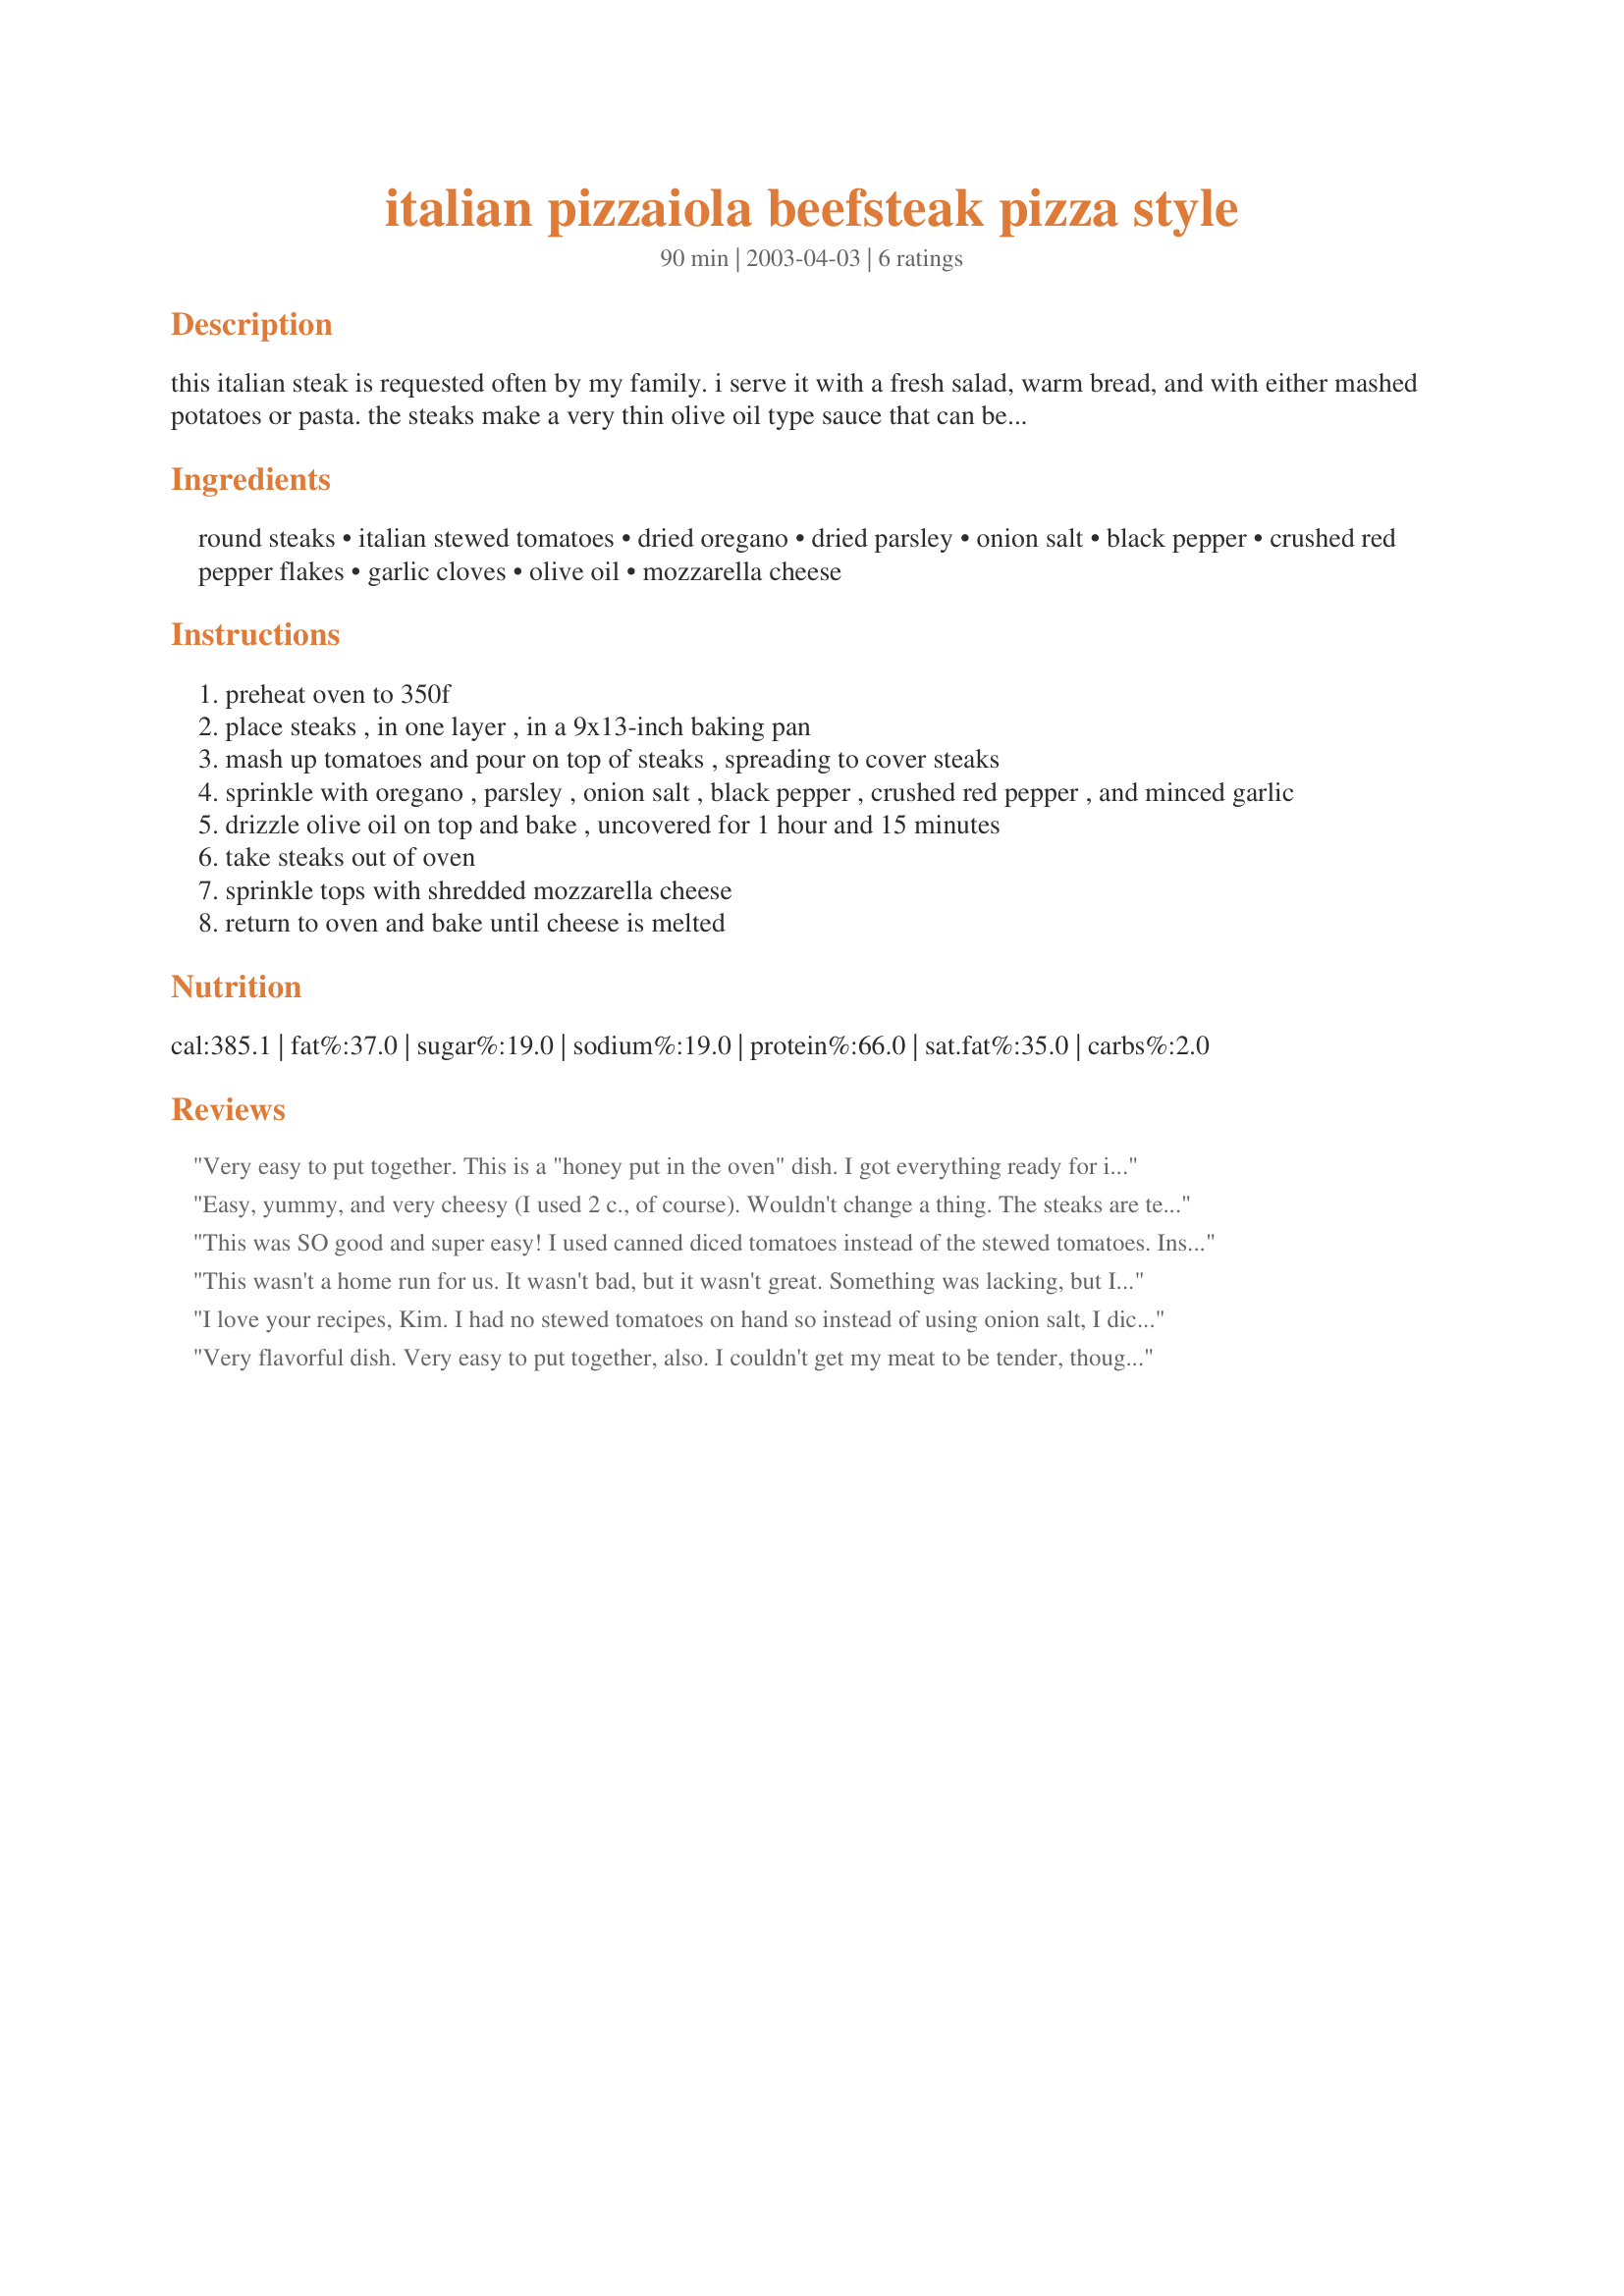
italian pizzaiola beefsteak pizza style
Preparation time: 90 minutes

this italian steak is requested often by my family. i serve it with a fresh salad, warm bread, and with either mashed potatoes or pasta. the steaks make a very thin olive oil type sauce that can be used with the pasta. don't forget the chianti!

Ingredients:
round steaks, italian stewed tomatoes, dried oregano, dried parsley, onion salt, black pepper, crushed red pepper flakes, garlic cloves, olive oil, mozzarella cheese

Steps:
preheat oven to 350f
place steaks , in one layer , in a 9x13-inch baking pan
mash up tomatoes and pour on top of steaks , spreading to cover steaks
sprinkle with oregano , parsley , onion salt , black pepper , crushed red pepper , and minced garlic
drizzle olive oil on top and bake , uncovered for 1 hour and 15 minutes
take steaks out of oven
sprinkle tops with shredded mozzarella cheese
return to oven and bake until cheese is melted

Reviews:
Very easy to put together. This is a "honey put in the oven" dish. I got everything ready for it to go in the oven and then put in the fridge. DH put it in the oven when he got home. Delicious.
Easy, yummy, and very cheesy (I used 2 c., of course). Wouldn't change a thing. The steaks are tender, and the flavor is superb.
This was SO good and super easy! I used canned diced tomatoes instead of the stewed tomatoes. Instead of the onion salt, I used onion powder mixed with some salt. Next time I may cut back on the red pepper as it had a bit of a bite. For 5 minutes of work this is a wonderful dish! We served it with Recipe #87461. Thanks for posting--we will definitely be making this again!
This wasn't a home run for us. It wasn't bad, but it wasn't great. Something was lacking, but I'm not sure what. The other reviews are good, and I feel like I missed something, but I double-checked the ingredient list and didn't omit any spices.
I love your recipes, Kim. I had no stewed tomatoes on hand so instead of using onion salt, I diced a small onion and mixed it with the unseasoned tomatoes before placing on top of the steak. I also sprinkled the steak with salt and pepper before adding other ingredients. Thanks so much for a very tasty dinner.
Very flavorful dish. Very easy to put together, also. I couldn't get my meat to be tender, though. The aroma while cooking was out of this world.
